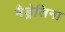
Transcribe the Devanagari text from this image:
मैड्रेलिना